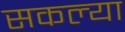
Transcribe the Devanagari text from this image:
सकल्या